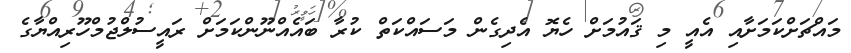
މައްޗަށްކަމަށާއި އެއީ މި ޤައުމަށް ހެޔޮ އެދިގެން މަސައްކަތް ކުރާ ބައެއްނޫންކަމަށް ރައީސުލްޖުމްހޫރިއްޔާގެ